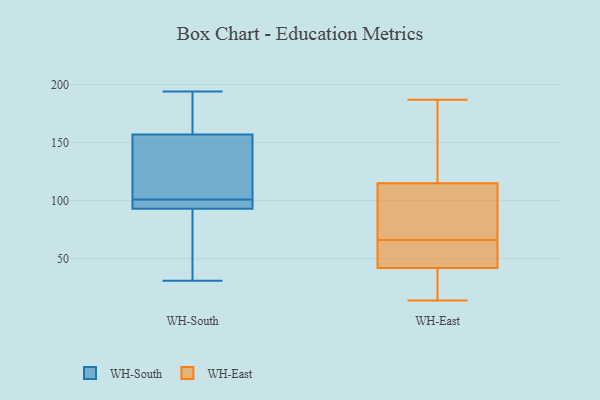
{"axis": {"x": "Website Visitors", "y": "Value"}, "legend": ["WH-East", "WH-South"], "data": [{"x": "", "y": 96, "type": "WH-South"}, {"x": "", "y": 194, "type": "WH-South"}, {"x": "", "y": 31, "type": "WH-South"}, {"x": "", "y": 94, "type": "WH-South"}, {"x": "", "y": 37, "type": "WH-South"}, {"x": "", "y": 168, "type": "WH-South"}, {"x": "", "y": 106, "type": "WH-South"}, {"x": "", "y": 157, "type": "WH-South"}, {"x": "", "y": 93, "type": "WH-South"}, {"x": "", "y": 122, "type": "WH-South"}, {"x": "", "y": 51, "type": "WH-East"}, {"x": "", "y": 44, "type": "WH-East"}, {"x": "", "y": 48, "type": "WH-East"}, {"x": "", "y": 115, "type": "WH-East"}, {"x": "", "y": 40, "type": "WH-East"}, {"x": "", "y": 167, "type": "WH-East"}, {"x": "", "y": 171, "type": "WH-East"}, {"x": "", "y": 32, "type": "WH-East"}, {"x": "", "y": 26, "type": "WH-East"}, {"x": "", "y": 187, "type": "WH-East"}, {"x": "", "y": 14, "type": "WH-East"}, {"x": "", "y": 96, "type": "WH-East"}, {"x": "", "y": 48, "type": "WH-East"}, {"x": "", "y": 81, "type": "WH-East"}, {"x": "", "y": 110, "type": "WH-East"}, {"x": "", "y": 115, "type": "WH-East"}]}